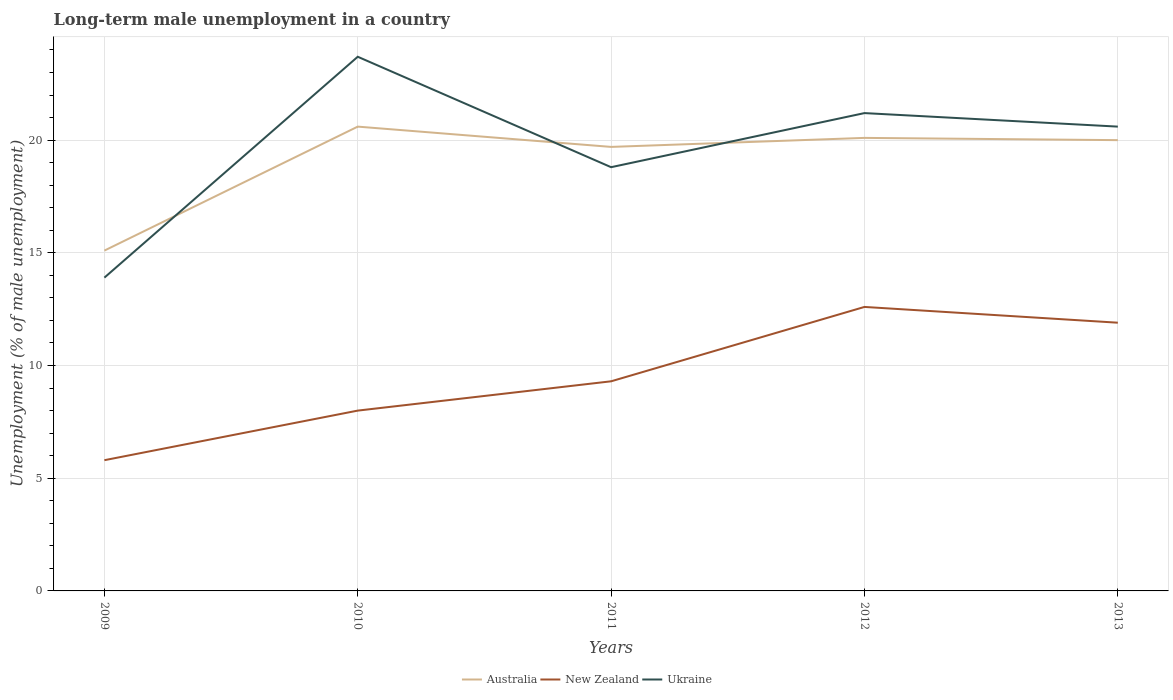
| Years | Australia | New Zealand | Ukraine |
 | --- | --- | --- | --- |
 | 2009 | 15.1 | 5.8 | 13.9 |
 | 2010 | 20.6 | 8 | 23.7 |
 | 2011 | 19.7 | 9.3 | 18.8 |
 | 2012 | 20.1 | 12.6 | 21.2 |
 | 2013 | 20 | 11.9 | 20.6 |